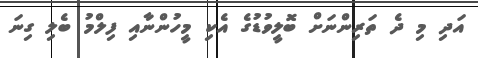
އަދި މި ދެ ތަރިންނަށް ބޮލީވުޑުގެ އެކި މީހުންނާއި ފިލްމު ބެލި ގިނަ